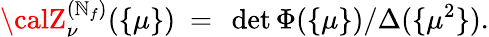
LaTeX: {\calZ}_{\nu}^{(\mathbb{N}_{f})}(\{ \mu\} )~=~\operatorname*{det}\Phi(\{ \mu\} )/\Delta(\{ \mu^{2}\} ).